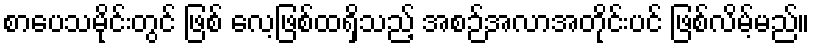
စာပေသမိုင်းတွင် ဖြစ် လေ့ဖြစ်ထရှိသည့် အစဉ်အလာအတိုင်းပင် ဖြစ်လိမ့်မည်။